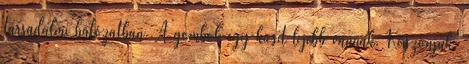
társadalmi hálózatban. A gombok egy kicsit lejebb vannak. Köszönjük.